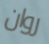
روان